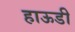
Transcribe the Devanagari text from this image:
हाऊडी